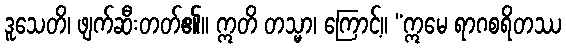
ဒူသေတိ၊ ဖျက်ဆီးတတ်၏။ ဣတိ တသ္မာ၊ ကြောင့်။ “ဣမေ ရာဂစရိတဿ